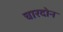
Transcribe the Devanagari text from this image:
चारदोन